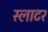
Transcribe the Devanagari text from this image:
स्लाटर